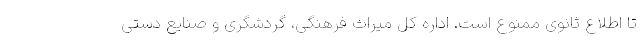
تا اطلاع ثانوی ممنوع است. اداره کل میراث فرهنگی، گردشگری و صنایع دستی